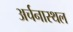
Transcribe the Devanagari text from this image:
अर्चनास्थल